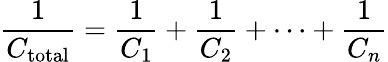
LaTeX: {\frac{1}{C_{\mathrm{total}}}}={\frac{1}{C_{1}}}+{\frac{1}{C_{2}}}+\cdots+{\frac{1}{C_{n}}}